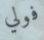
فولي